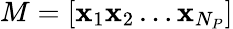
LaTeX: M=[\mathbf{x}_{1}\mathbf{x}_{2}\ldots\mathbf{x}_{N_{P}}]